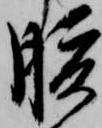
腹